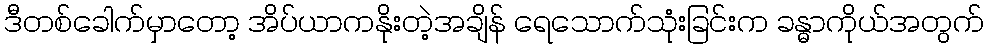
ဒီတစ်ခေါက်မှာတော့ အိပ်ယာကနိုးတဲ့အချိန် ရေသောက်သုံးခြင်းက ခန္ဓာကိုယ်အတွက်